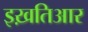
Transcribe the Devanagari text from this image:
इख़तिआर